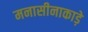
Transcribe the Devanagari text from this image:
मनासीनाकाड़े